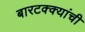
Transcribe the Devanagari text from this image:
बारटक्क्यांची